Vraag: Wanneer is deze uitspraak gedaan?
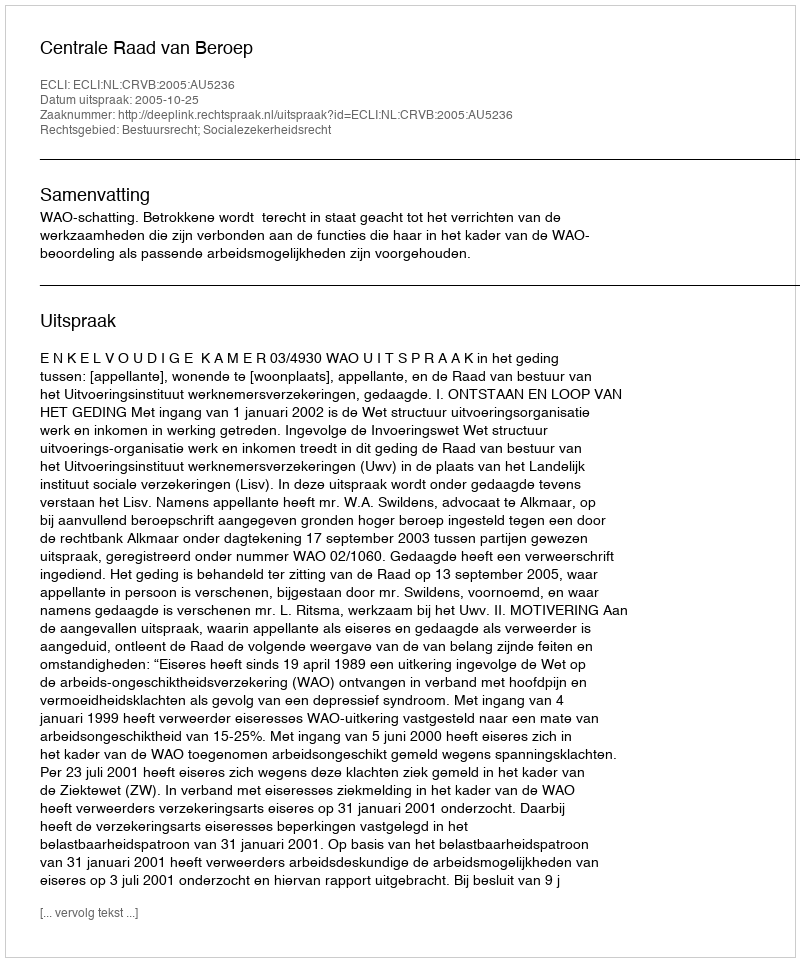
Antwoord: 2005-10-25